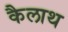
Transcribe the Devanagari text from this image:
कैलाथ